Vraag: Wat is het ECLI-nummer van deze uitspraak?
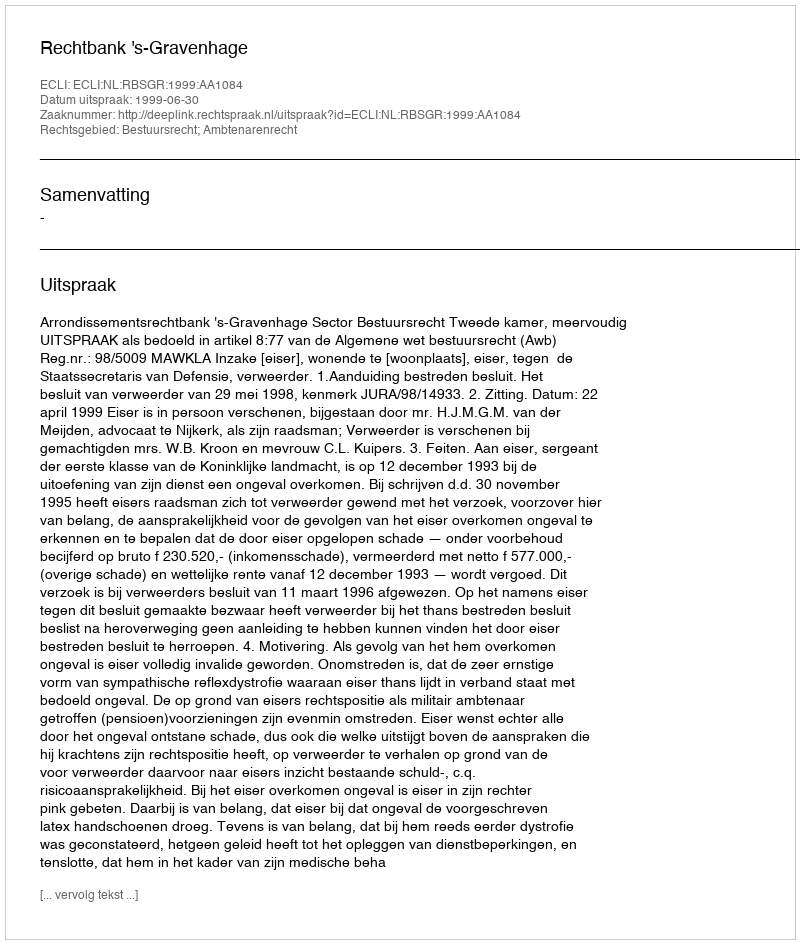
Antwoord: ECLI:NL:RBSGR:1999:AA1084